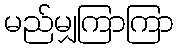
မည်မျှကြာကြာ